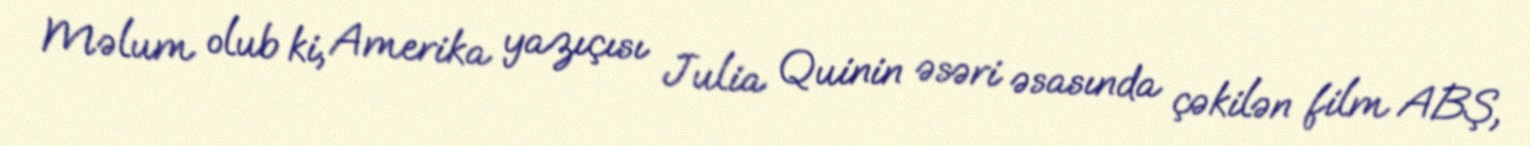
Məlum olub ki, Amerika yazıçısı Julia Quinin əsəri əsasında çəkilən film ABŞ,